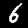
Label: 6